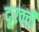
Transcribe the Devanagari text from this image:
दूरवर्त्ती